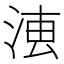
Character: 𣶣